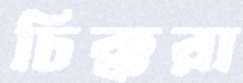
চিক্করা